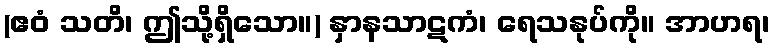
(ဧဝံ သတိ၊ ဤသို့ရှိသော။) နှာနသာဋကံ၊ ရေသနုပ်ကို။ အာဟရ၊